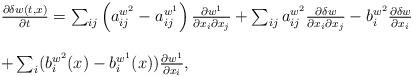
LaTeX: \begin{align*}\begin{array}{ll}\frac{\partial \delta w(t,x)}{\partial t}=\sum_{ij}\left(a^{w^2}_{ij}-a^{w^1}_{ij}\right)\frac{\partial w^1}{\partial x_i\partial x_j}+\sum_{ij}a^{w^2}_{ij}\frac{\partial \delta w}{\partial x_i\partial x_j}-b^{w^2}_i\frac{\partial \delta w}{\partial x_i}\\\\+\sum_i (b^{w^2}_i(x)-b^{w^1}_i(x))\frac{\partial w^1}{\partial x_i},\end{array}\end{align*}